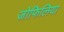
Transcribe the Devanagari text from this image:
जोफिलिया